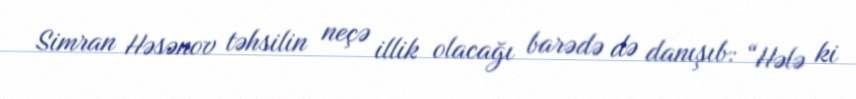
Simran Həsənov təhsilin neçə illik olacağı barədə də danışıb: “Hələ ki